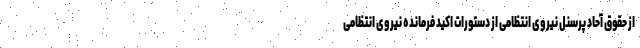
از حقوق آحاد پرسنل نیروی انتظامی از دستورات اکید فرمانده نیروی انتظامی